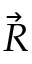
\Vec { R }